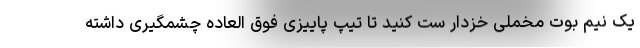
یک نیم بوت مخملی خزدار ست کنید تا تیپ پاییزی فوق العاده چشمگیری داشته